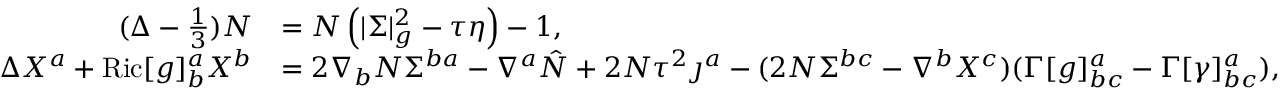
\begin{array} { r l } { ( \Delta - \frac { 1 } { 3 } ) N } & { = N \left( | \Sigma | _ { g } ^ { 2 } - \tau \eta \right) - 1 , } \\ { \Delta X ^ { a } + \mathrm { R i c } [ g ] ^ { a } _ { b } X ^ { b } } & { = 2 \nabla _ { b } N \Sigma ^ { b a } - \nabla ^ { a } \hat { N } + 2 N \tau ^ { 2 } \jmath ^ { a } - ( 2 N \Sigma ^ { b c } - \nabla ^ { b } X ^ { c } ) ( \Gamma [ g ] _ { b c } ^ { a } - \Gamma [ \gamma ] _ { b c } ^ { a } ) , } \end{array}